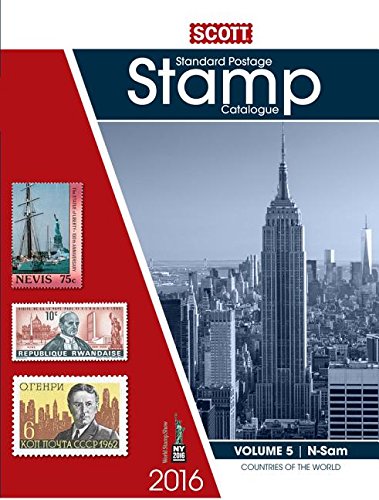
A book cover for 2016 Scott Catalogue Volume 5 (Countries N-Sam): Standard Postage Stamp Catalogue (Scott Standard Postage Stamp Catalogue Vol 5 Countries N-Sam); Crafts, Hobbies & Home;